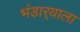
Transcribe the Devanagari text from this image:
भंडार्‍याला